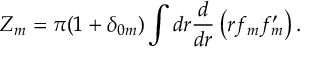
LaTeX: Z _ { m } = \pi ( 1 + \delta _ { 0 m } ) \int d r \frac d { d r } \left( r f _ { m } f _ { m } ^ { \prime } \right) .